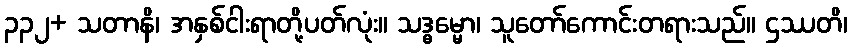
၃၃၂+ သတာနိ၊ အနှစ်ငါးရာတို့ပတ်လုံး။ သဒ္ဓမ္မော၊ သူတော်ကောင်းတရားသည်။ ဌဿတိ၊